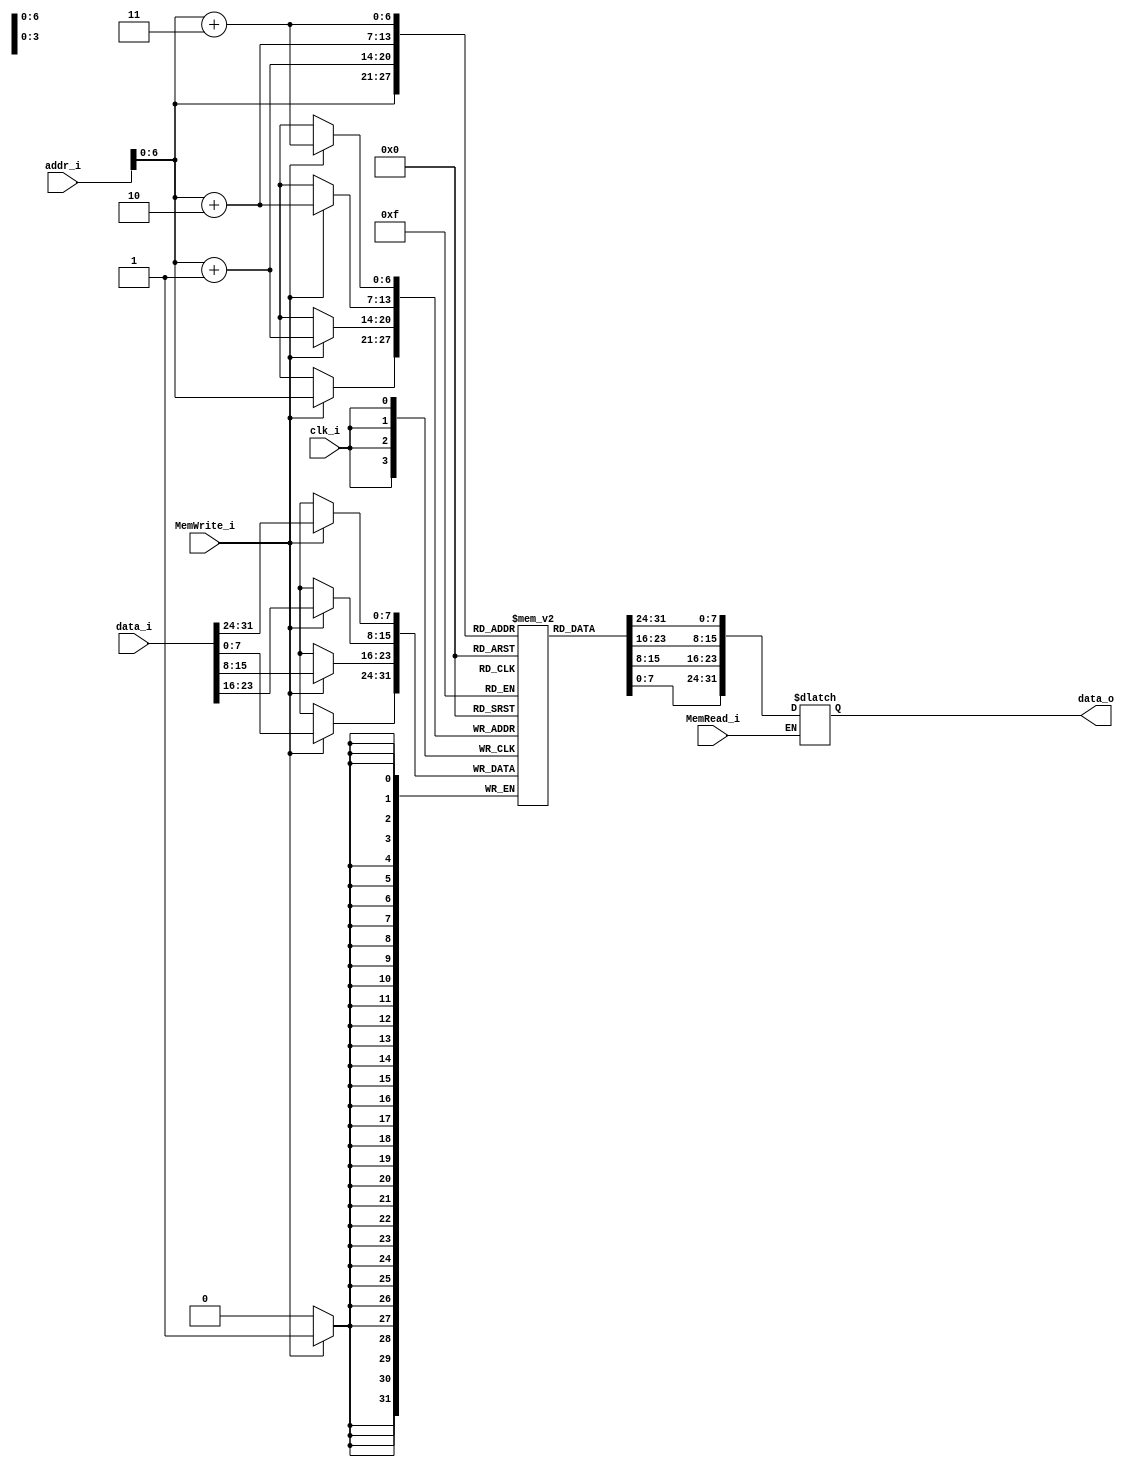
`ifndef DATA_MEMORY_V
`define DATA_MEMORY_V
module Data_Memory
(
	clk_i,
	addr_i,
	data_i,
	MemRead_i,
	MemWrite_i,
	data_o
);

// Interface
input				clk_i;
input	[31:0]		addr_i;
input	[31:0]		data_i;
input				MemRead_i;
input				MemWrite_i;
output	[31:0] 		data_o;

// Signals
reg		[31:0]		data_o;

// Memory
reg		[7:0]		Mem 			[0:127];	// address: 0x00~0x80
integer				i;

// For Testbench to debug
wire	[31:0]		memory			[0:31];
assign  memory[0] = {Mem[3], Mem[2], Mem[1], Mem[0]};
assign  memory[1] = {Mem[7], Mem[6], Mem[5], Mem[4]};
assign  memory[2] = {Mem[11], Mem[10], Mem[9], Mem[8]};
assign  memory[3] = {Mem[15], Mem[14], Mem[13], Mem[12]};
assign  memory[4] = {Mem[19], Mem[18], Mem[17], Mem[16]};
assign  memory[5] = {Mem[23], Mem[22], Mem[21], Mem[20]};
assign  memory[6] = {Mem[27], Mem[26], Mem[25], Mem[24]};
assign  memory[7] = {Mem[31], Mem[30], Mem[29], Mem[28]};
assign  memory[8] = {Mem[35], Mem[34], Mem[33], Mem[32]};
assign  memory[9] = {Mem[39], Mem[38], Mem[37], Mem[36]};
assign  memory[10] = {Mem[43], Mem[42], Mem[41], Mem[40]};
assign  memory[11] = {Mem[47], Mem[46], Mem[45], Mem[44]};
assign  memory[12] = {Mem[51], Mem[50], Mem[49], Mem[48]};
assign  memory[13] = {Mem[55], Mem[54], Mem[53], Mem[52]};
assign  memory[14] = {Mem[59], Mem[58], Mem[57], Mem[56]};
assign  memory[15] = {Mem[63], Mem[62], Mem[61], Mem[60]};
assign  memory[16] = {Mem[67], Mem[66], Mem[65], Mem[64]};
assign  memory[17] = {Mem[71], Mem[70], Mem[69], Mem[68]};
assign  memory[18] = {Mem[75], Mem[74], Mem[73], Mem[72]};
assign  memory[19] = {Mem[79], Mem[78], Mem[77], Mem[76]};
assign  memory[20] = {Mem[83], Mem[82], Mem[81], Mem[80]};
assign  memory[21] = {Mem[87], Mem[86], Mem[85], Mem[84]};
assign  memory[22] = {Mem[91], Mem[90], Mem[89], Mem[88]};
assign  memory[23] = {Mem[95], Mem[94], Mem[93], Mem[92]};
assign  memory[24] = {Mem[99], Mem[98], Mem[97], Mem[96]};
assign  memory[25] = {Mem[103], Mem[102], Mem[101], Mem[100]};
assign  memory[26] = {Mem[107], Mem[106], Mem[105], Mem[104]};
assign  memory[27] = {Mem[111], Mem[110], Mem[109], Mem[108]};
assign  memory[28] = {Mem[115], Mem[114], Mem[113], Mem[112]};
assign  memory[29] = {Mem[119], Mem[118], Mem[117], Mem[116]};
assign  memory[30] = {Mem[123], Mem[122], Mem[121], Mem[120]};
assign  memory[31] = {Mem[127], Mem[126], Mem[125], Mem[124]};

initial begin
	for(i=0; i<128; i=i+1)
		Mem[i] = 8'b0;
	Mem[0] = 8'b0100;
	Mem[4] = 8'b0101;
	Mem[8] = 8'b0110;
	Mem[12] = 8'b0111;
	Mem[16] = 8'b1000;
	Mem[20] = 8'b1001;
	Mem[24] = 8'b1010;
	Mem[28] = 8'b0010;
	Mem[32] = 8'b0001;
	Mem[36] = 8'b0011;
	for(i=0; i<128; i=i+1)
		Mem[i] = 8'b0;
end

always@(posedge clk_i) begin
    if(MemWrite_i) begin
		Mem[addr_i+3] <= data_i[31:24];
		Mem[addr_i+2] <= data_i[23:16];
		Mem[addr_i+1] <= data_i[15:8];
		Mem[addr_i]   <= data_i[7:0];
	end
end

always@(addr_i or MemRead_i) begin
	if(MemRead_i)
		data_o = {Mem[addr_i+3], Mem[addr_i+2], Mem[addr_i+1], Mem[addr_i]};
end

endmodule

`endif // DATA_MEMORY_V